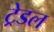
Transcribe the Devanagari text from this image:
ट्रेडल